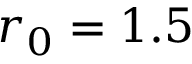
r _ { 0 } = 1 . 5